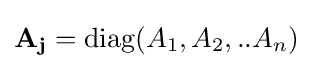
\mathbf {A_{j}} =\mathrm {diag} (A_{1},A_{2},..A_{n})